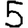
Digit: 5